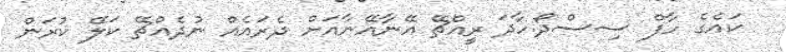
ކައެގެ ހާފް ސިސްދޯ.ހާދަ ރީއްޗޭ އޭނާއޭނާއަށް ދެރައެއް ނުދެއްޗޭ ކަލޭ ކުރަން